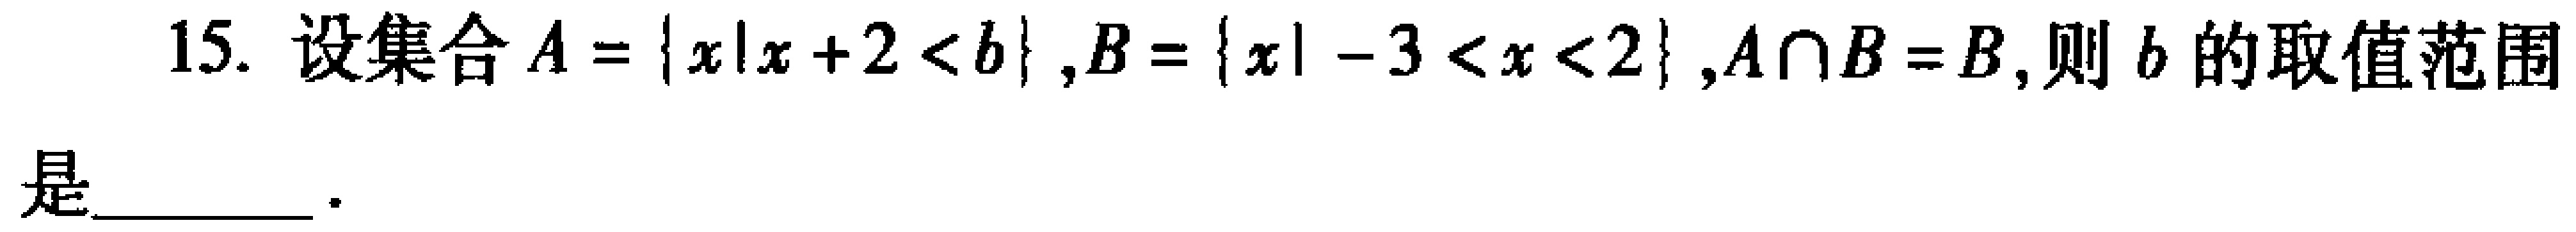
15. 设集合\(A = \{x|x + 2 < b\}\)，\(B = \{x|-3 < x < 2\}\)，\(A\cap B = B\)，则\(b\)的取值范围是  。